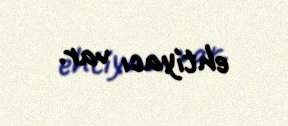
ehtiyacı var.